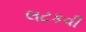
લટકવી